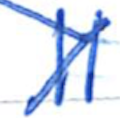
Text: II.
Cross-out: mix
Writing tool: ballpoint